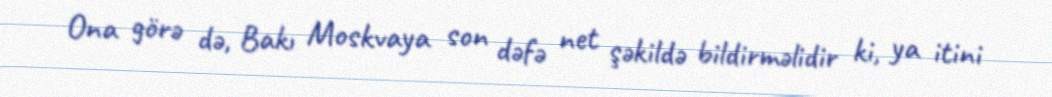
Ona görə də, Bakı Moskvaya son dəfə net şəkildə bildirməlidir ki, ya itini